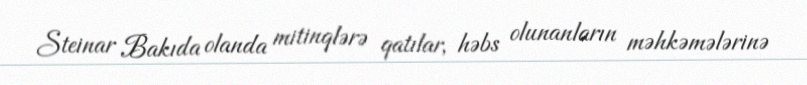
Steinar Bakıda olanda mitinqlərə qatılar, həbs olunanların məhkəmələrinə